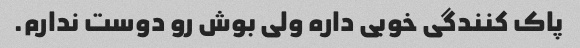
پاک کنندگی خوبی داره ولی بوش رو دوست ندارم.